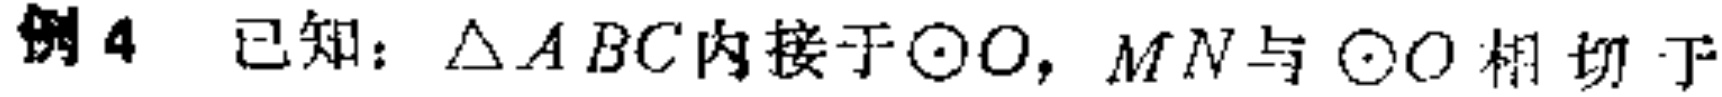
例4 已知：$\triangle ABC$内接于$\odot O$，$MN$与$\odot O$相切于